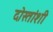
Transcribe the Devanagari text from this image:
दोस्तांशी